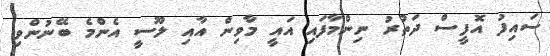
ސައިފު އޮފީސް ދަތުރު ނިންމާފައި އައީ މާވިން އާއި ލޫސީ އެންމެ ބޭނުންވި